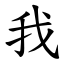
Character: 我